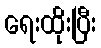
ရေးထိုးပြီး